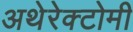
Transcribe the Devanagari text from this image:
अथेरेक्टोमी